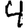
Digit: 4